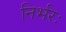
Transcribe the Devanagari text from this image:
निर्भरः